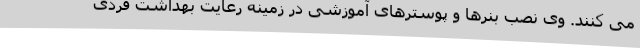
می کنند. وی نصب بنرها و پوسترهای آموزشی در زمینه رعایت بهداشت فردی